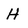
Character: H